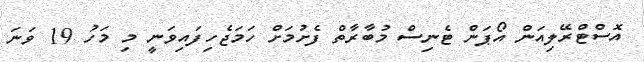
އޮސްޓްރޭލިއަން އޯޕަން ޓެނިސް މުބާރާތް ފެށުމަށް ހަމަޖެހިފައިވަނީ މި މަހު 19 ވަނަ